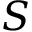
S